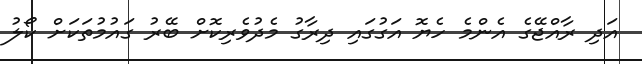
އަދި ރާއްޖޭގެ އެންމެ ހެޔޮ އަގުގައި ދިރާގު މެދުވެރިކޮށް ބޭރު ގައުމުތަކަށް ކޯލު